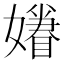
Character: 𡣣